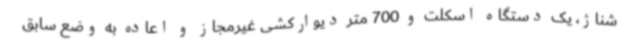
شناژ، یک دستگاه اسکلت و 700 متر دیوارکشی غیرمجاز و اعاده به وضع سابق